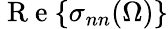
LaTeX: \mathrm{~R~e~}{\left\{ \sigma_{nn}(\Omega)\right\} }